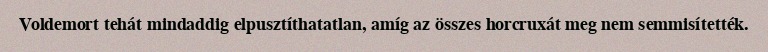
Voldemort tehát mindaddig elpusztíthatatlan, amíg az összes horcruxát meg nem semmisítették.